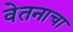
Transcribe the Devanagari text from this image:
वेतनाचा